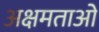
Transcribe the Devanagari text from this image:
अक्षमताओ